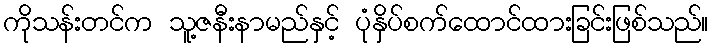
ကိုသန်းတင်က သူ့ဇနီးနာမည်နှင့် ပုံနှိပ်စက်ထောင်ထားခြင်းဖြစ်သည်။